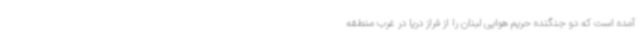
آمده است که دو جنگنده حریم‌ هوایی لبنان را از فراز دریا در غرب منطقه